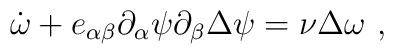
\dot\omega+e_{\alpha\beta}\partial_\alpha\psi\partial_\beta\Delta\psi=\nu\Delta\omega\ ,